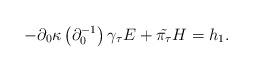
LaTeX: \begin{align*}-\partial_{0}\kappa\left(\partial_{0}^{-1}\right)\gamma_{\tau}E+\tilde{\pi_{\tau}}H=h_{1}.\end{align*}